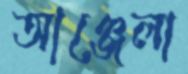
আঞ্জেলা